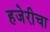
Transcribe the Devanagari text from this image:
हजेरीचा